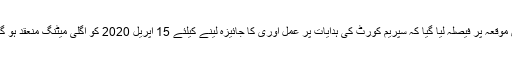
اس موقعہ پر فیصلہ لیا گیا کہ سپریم کورٹ کی ہدایات پر عمل آوری کا جائیزہ لینے کیلئے 15 اپریل 2020 کو اگلی میٹنگ منعقد ہو گی ۔